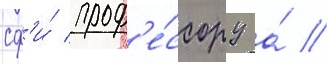
сф'и́ проф'е́ссору а́ //